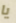
يا